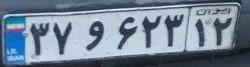
۳۷و۶۲۳۱۲